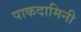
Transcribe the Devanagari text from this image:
पाकदामिनी